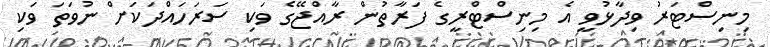
މިނިސްޓަރު ވިދާޅުވީ އެ މިނިސްޓްރީގެ ފަރާތުން ރާއްޖޭގެ ވަކި ސަރަހައްދަކަށް ނުވަތަ ވަކި